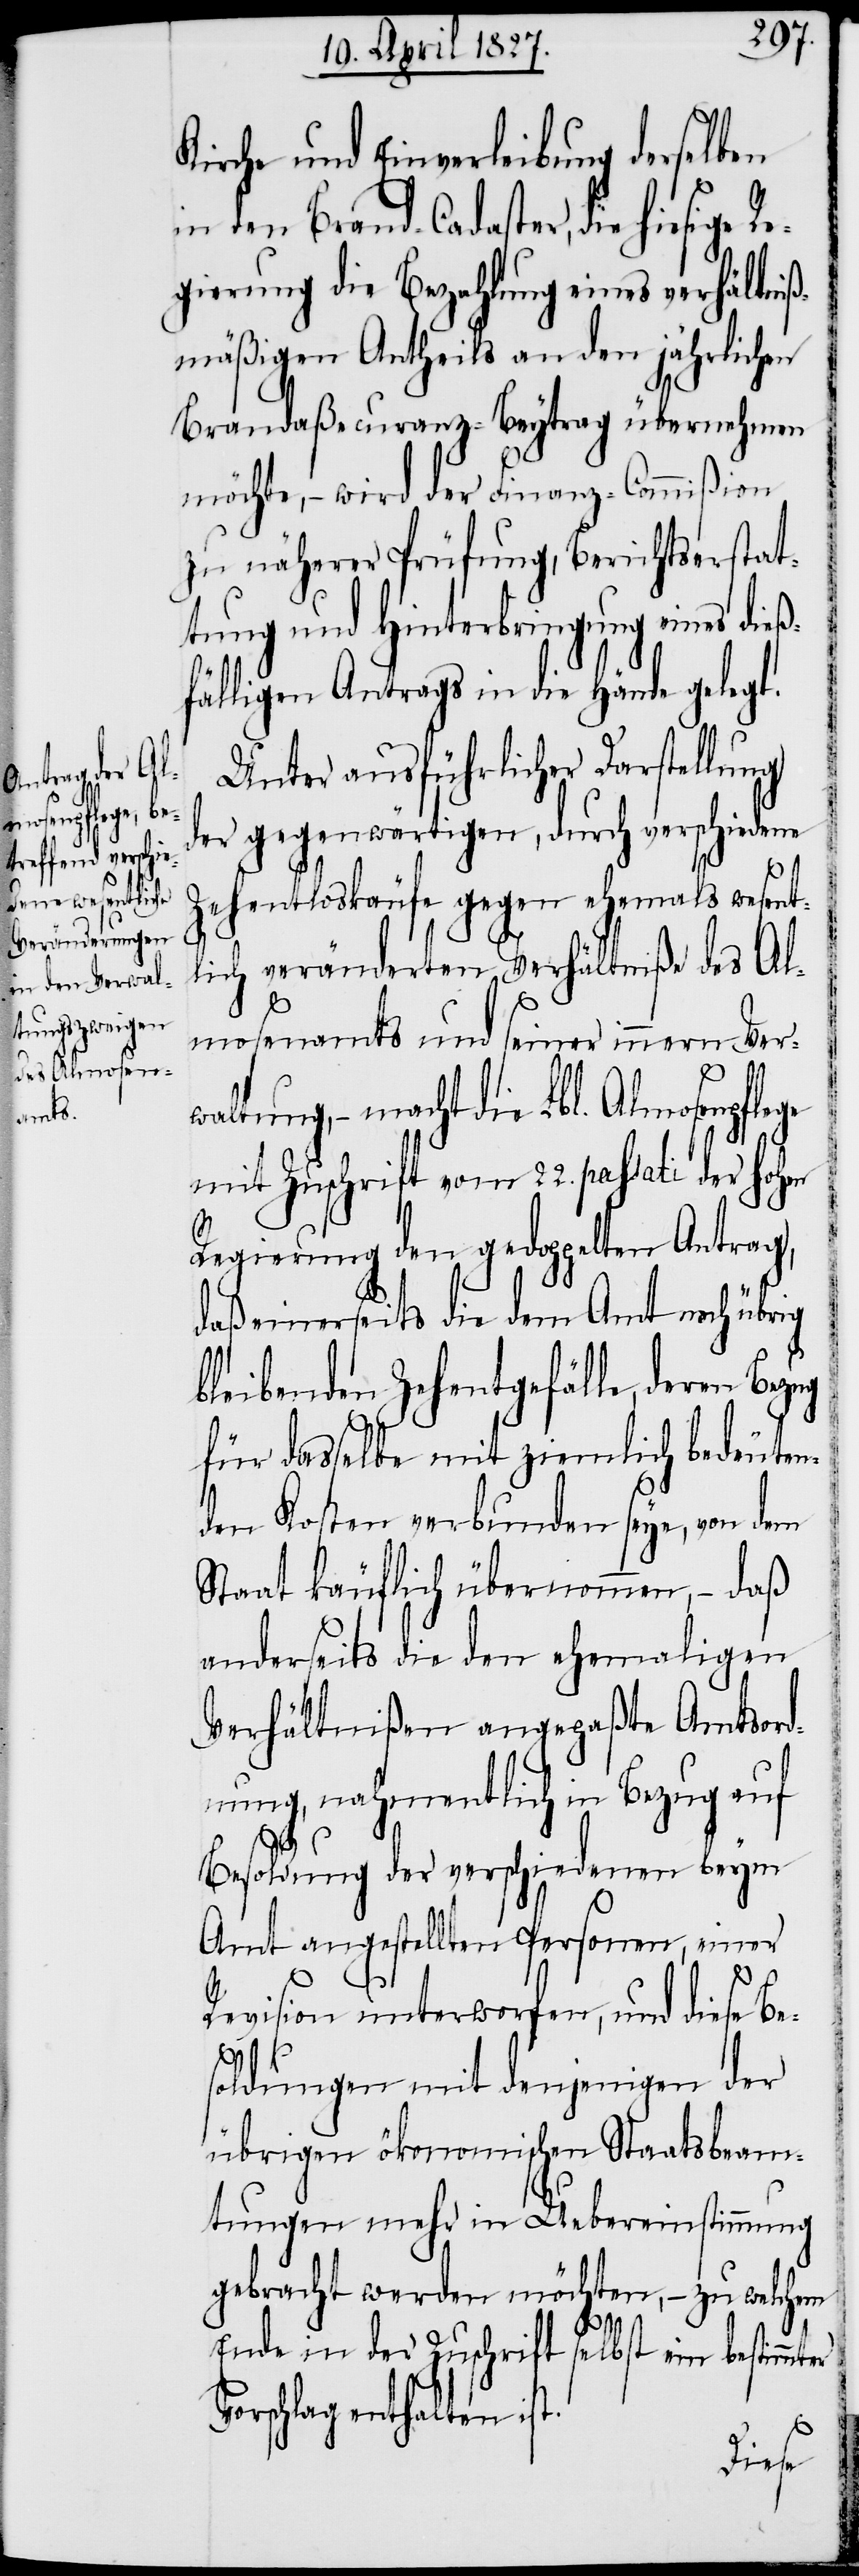
Kirche und Einverleibung derselben
in den Brand-Cadaster, die hiesige
gierung die Bezahlung eines verhältniß¬
mäßigen Antheils an den jährlichen
Brandaßecuranz-Beytrag übernehmen
möchte, – wird der Finanz-Commißion
zu näherer Prüfung, Berichtserstat¬
tung und Hinterbringung eines dieß¬
fälligen Antrags in die Hände gelegt.
Unter ausführlicher Darstellung
der gegenwärtigen, durch verschiedene
Zehentloskäufe gegen ehemals wesent¬
lich veränderten Verhältniße des Al¬
mosenamts und seiner innern Ver¬
waltung, – macht die Lbl. Almosenpflege
mit Zuschrift vom 22. passati der Hohen
Regierung den gedoppelten Antrag,
daß einerseits die dem Amt noch übrig
bleibenden Zehentgefälle, deren Bezug
für dasselbe mit ziemlich bedeuten¬
den Kosten verbunden seye, von dem
Staat käuflich übernommen, – daß
anderseits die den ehemaligen
Verhältnißen angepaßte Amtsord¬
nung, nahmentlich in Bezug auf
Besoldung der verschiedenen beym
Amt angestellten Personen, einer
Revision unterworfen, und diese Be¬
soldungen mit denjenigen der
übrigen ökonomischen Staatsbeam¬
tungen mehr in Uebereinstimmung
gebracht werden möchten, – zu welchem
V¬
Ende in der Zuschrift selbst ein bestimmter
orschlag enthalten ist.